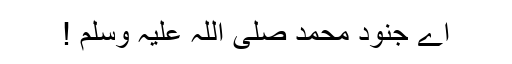
اے جنودِ محمد صلی اللہ علیہ وسلم !